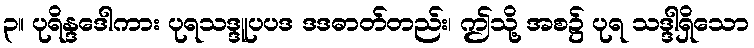
၃။ ပုရိန္ဒဒေါကား ပုရသဒ္ဒူပပဒ ဒဒဓာတ်တည်း၊ ဤသို့ အစ၌ ပုရ သဒ္ဒါရှိသော